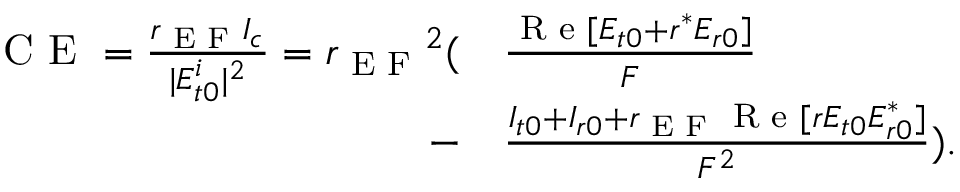
\begin{array} { r l } { \textrm { C E } = \frac { r _ { \textrm { E F } } I _ { c } } { | E _ { t 0 } ^ { i } | ^ { 2 } } = { r _ { \textrm { E F } } } ^ { 2 } ( } & { \frac { \textrm { R e } [ E _ { t 0 } + r ^ { * } E _ { r 0 } ] } { F } } \\ { - } & { \frac { I _ { t 0 } + I _ { r 0 } + r _ { \textrm { E F } } \textrm { R e } [ r E _ { t 0 } E _ { r 0 } ^ { * } ] } { F ^ { 2 } } ) . } \end{array}